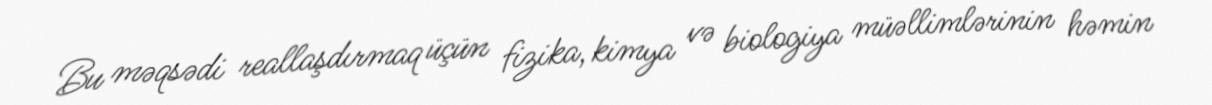
Bu məqsədi reallaşdırmaq üçün fizika, kimya və biologiya müəllimlərinin həmin